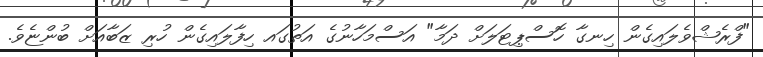
"ފްރެޝްވެލައިގެން ހިނގާ ހޮސްޕިޓަލަށް ދަމާ" އަސްމަހާނުގެ އަތުގައ ހިފާލައިގެން ހުރި ޒަބާއަށް ބުންޏެވެ.